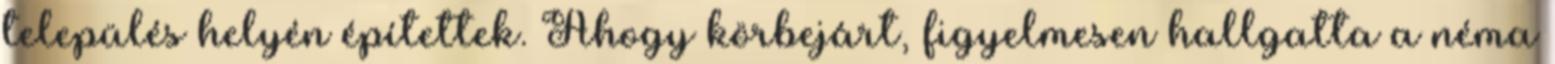
település helyén építettek. Ahogy körbejárt, figyelmesen hallgatta a néma